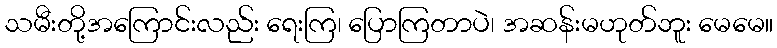
သမီးတို့အကြောင်းလည်း ရေးကြ၊ ပြောကြတာပဲ၊ အဆန်းမဟုတ်ဘူး မေမေ။